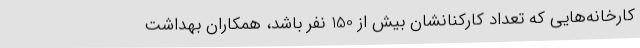
کارخانه‌هایی که تعداد کارکنانشان بیش از 150 نفر باشد، همکاران بهداشت